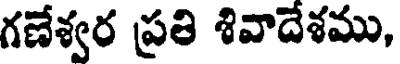
గణేశ్వర ప్రతి శివాదేశము,